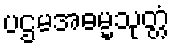
ပဌမအဓမ္မသုတ္တံ